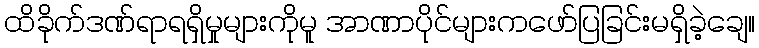
ထိခိုက်ဒဏ်ရာရရှိမှုများကိုမူ အာဏာပိုင်များကဖော်ပြခြင်းမရှိခဲ့ချေ။